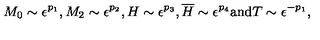
M _ { 0 } \sim \epsilon ^ { p _ { 1 } } , M _ { 2 } \sim \epsilon ^ { p _ { 2 } } , H \sim \epsilon ^ { p _ { 3 } } , \overline { { H } } \sim \epsilon ^ { p _ { 4 } } \mathrm { a n d } T \sim \epsilon ^ { - p _ { 1 } } ,